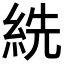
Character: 𦀈